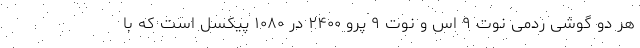
هر دو گوشی ردمی نوت ۹ اس و نوت ۹ پرو ۲۴۰۰ در ۱۰۸۰ پیکسل است که با